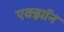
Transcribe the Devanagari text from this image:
एक्झॉन